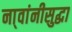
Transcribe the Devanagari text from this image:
ना्वांनीसुद्धा